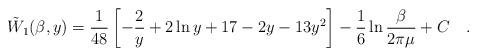
LaTeX: \begin{align*}\tilde{W}_1(\beta,y)={ 1\over 48}\left[-\frac 2y +2 \ln y +17 - 2 y - 13 y^2 \right] - \frac16\ln{\beta\over 2\pi\mu} + C~~~.\end{align*}